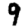
Digit: 9